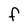
Character: f